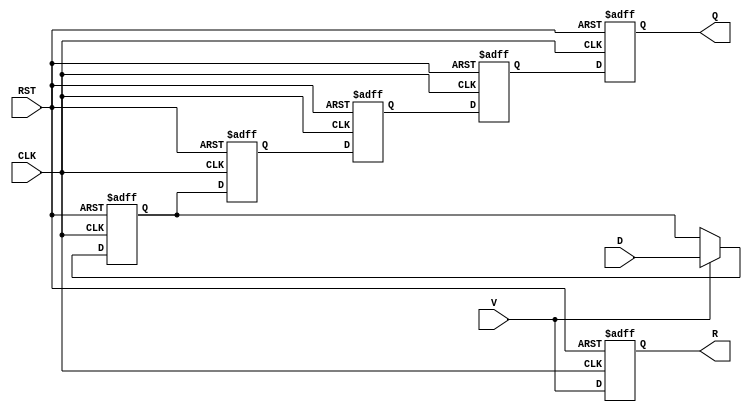
module pipeline_buffer #(
    parameter STAGE_DEPTH = 4, // Number of stages in the pipeline
    parameter DATA_WIDTH = 8    // Width of the data input
)(
    input  wire [DATA_WIDTH-1:0] D,  // Data input
    input  wire CLK,                  // Clock signal
    input  wire RST,                  // Reset signal
    input  wire V,                    // Valid signal
    output reg  [DATA_WIDTH-1:0] Q,   // Data output
    output reg  R                     // Ready signal
);

    // Internal registers to hold data at each stage
    reg [DATA_WIDTH-1:0] buffer [0:STAGE_DEPTH-1];

    // Asynchronous reset and data handling
    integer i;
    always @(posedge CLK or posedge RST) begin
        if (RST) begin
            // Clear all stages of the pipeline
            for (i = 0; i < STAGE_DEPTH; i = i + 1) begin
                buffer[i] <= 0;
            end
            Q <= 0;
            R <= 0;
        end else begin
            // Shift data through the pipeline
            if (V) begin
                buffer[0] <= D; // Latch new data into the first stage
            end

            // Shift the data between stages
            for (i = 1; i < STAGE_DEPTH; i = i + 1) begin
                buffer[i] <= buffer[i-1];
            end
            
            // Update output with the last stage's data
            Q <= buffer[STAGE_DEPTH-1];

            // Update ready signal
            R <= V; // Set ready if the input is valid
        end
    end
endmodule